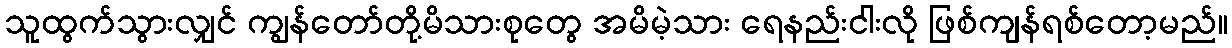
သူထွက်သွားလျှင် ကျွန်တော်တို့မိသားစုတွေ အမိမဲ့သား ရေနည်းငါးလို ဖြစ်ကျန်ရစ်တော့မည်။